Vaccination in Burma 1912-1922 - 1912-1922
Year: 1912
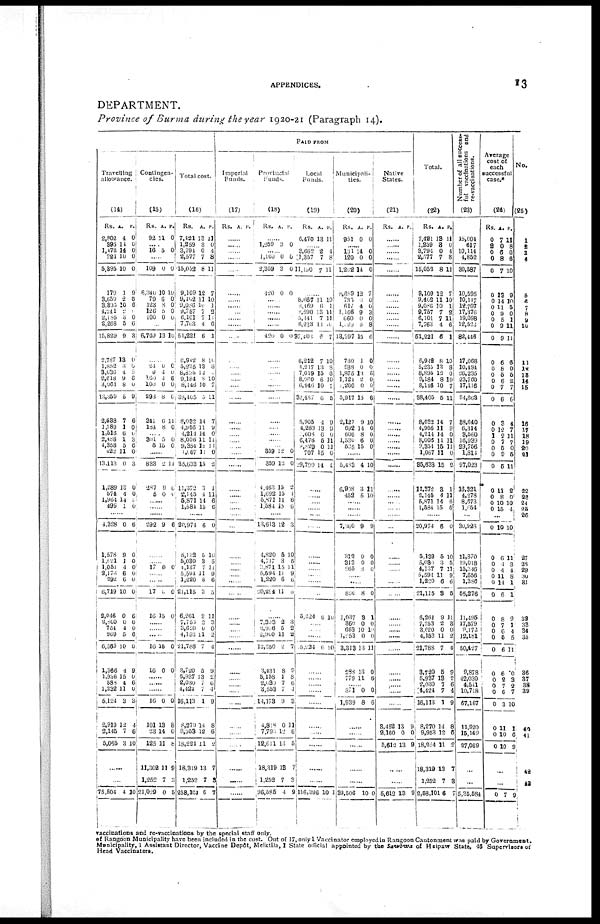
APPENDICES.
13
DEPARTMENT.
Province of Burma during the year 1920-21 (Paragraph 14).
Travelling
allowance.
(14)
Rs.
2,802
395
1,472
724
5,395
179
3,650
3,305
4,241
2,185
2,268
15,828
2,787
1,852
3,036
2,618
3,064
13,359
2,538
1,789
1,516
2,488
4,358
422
13,113
1,289
574
1,964
499
A.
4
14
14
10
10
1
2
10 2
3
5
9
13
3
4
9
8
5
7
1
6
1
5
11
0
13
4
14
1
P.
0
0
0
0
0
9
6
6
1
0
6
3
0
0
5
6
0
9
6
0
0
3
6
0
3
0
0
0
0
......
4,328
1,578
1,621
1,051
2,170
292
6,719
2,046
2,800
754
969
6,569
1,366
1,936
588
1,232
5,124
2,919
2,145
5,065
0
9
1
4
6
6
10
0
0
4
5
10
4
15
4
11
3
12
7
3
6
0
0
0
0
0
0
6
0
0
6
0
9
0
6
0
3
4
6 10
......
......
75,504 4 10
Contingen-
cies.
(15)
Rs.
92
A.
11
P.
0
...... 16 5 0
......
109
6,340
79
123
126
100
0
10
6
8
5
0
0
10
0
0 0
0
......
6,769 13 10
......
24
3
160
100
293
341
184
0 1
1
0
8
6
8
0 0
5
0
0
11
0
...... 301
5 5
15
0
0
......
833
287
5
2
9
0
11
6
0
......
......
......
292 9 6
......
...... 17 0 0
......
......
17
16
0
15
0
0
......
......
......
16
16
15
0
0
0
......
...... ......
16
101
23
125
11,302
1,252
21029
0
13
14
11
11
7
0
0
8
0
8
9
3
5
Total cost.
(16)
Rs.
7,421
1,259
3,794
2,577
15,052
9,109
9,402
9,086
9,757
6,101
7,703
51,221
6,942
5,335
8,825
9,184
8,146
28,405
8,032
4,956
4,211
8,006
9,354
1,067
35,633
11,372
2,145
5,871
1,584
A.
13
3
0
7
8
12
11
10
7
7
4
6
8
13
12
8
10
5
14
11
14
11
15
11
15
3
4
14
15
P.
11
0
4
8
11
7
10
1
2
11
6
1
10
8
0
10
7
11
7
9
0
11
11
0
2
1
11
6
6
......
20,974
5,122
5,030
4,137
5,594
1,220
21,115
6,261
7,753
3,620
4,153
21,788
3,720
5,937
2,030
4,424
16,113
8,270
9,953
18,224
18,319
1,252
258,100
6
5
3
7
11
6
3
9
2
0
11
7
5
13
7
7
1
11
12
11
13
7
6
0
10
5
11
9
6
5
11
3
0
2
4
9
2
6
4
9
8
6
2
7
3
7
PAID FROM
Imperial
Funds.
(17)
Rs. A. P.
......
......
......
......
......
......
......
......
......
......
......
......
......
......
......
......
......
......
......
......
......
......
......
......
......
......
......
......
......
......
......
......
......
......
......
......
......
......
......
......
......
......
......
......
...... ......
......
......
......
......
......
......
Provincial
Funds.
(18)
Rs. A. P.
......
1,259 3 0
...... 1,100
2,359
420
0
3
0
6
0
0
......
......
......
......
......
420 0 0
......
......
......
......
......
......
......
......
......
......
...... 359
359
4,463
1,092
5,871
1,584
12
12
15
15
11
15
0
0
2
1
6
6
......
13,613
4,820
4,717
3,871
5,594
1,220
20,224
12
5
3
15
11
6
11
3
10
5
11
9
6
0
......
7,303
3,906
2,900
13,250
3,431
5,158
2,030
3,553
11,173
4,818
7,790
12,611
18,319
1,252
96,585
2
5
11
2
8
1
7
7
9
0
12
13
13
7
4
3
2 2
7
9
8 6
4
3
11
6
5
7
3
9
Local
Funds.
(19)
Rs.
6,470
A.
13
P.
11
...... 3,662
1,357
11,190
2
7
7
4
8
11
......
6,667
8,469
5,590
5,141
6,233
37,403
6,212
1,247
7,019
8,060
6,946
32,487
5,905
4,263
608
6,476
8,829
707
29,790
11
6
13
7
11
6
7
13
15
6
10
6
4
13
6 5
0
15
14
10
1
11
11
0
7
10
8
6
10
7
5
9
9
0
11
11
0
4
......
......
......
......
......
......
......
......
...... ......
......
......
5,224 6 10
......
......
......
5,224 6 10
......
......
...... ......
......
......
......
......
......
......
116,396 10 1
Municipali-
ties.
(20)
Rs.
951
A.
0
P.
0
......
131
120
1,202
8,689
734
617
1,166
660
1,220
13,397
730
988
1,875
1,124
1,200
5,917
2,127
692
606
1,530
525
14
0
14
12
0
4
9
0
0
15
1
0
13
2
0
15
9
14
8
6
15
0
0 0
7
0
0
3
0
8
6
0
0
6 0
0
6
10
0
0
0
0
......
5,483
6,908
452
4
3
5
10
11
10
......
......
......
7,360
312
313
265
9
0
0
8
9
0
0
0
......
......
890
1,037
360
663
1,253
3,313
288
779
8
3
0
10
0
13
13
11
0
1
0
10
0
11
0
6
...... 371
1,939
0
8
0
6
......
......
......
......
......
39,506 10 0
Native
States.
(21)
Rs. A. P.
......
......
......
......
......
......
......
......
......
......
......
......
......
......
......
......
......
......
......
......
......
......
......
......
......
......
......
......
......
......
......
......
......
......
......
......
......
......
......
......
......
......
......
......
......
......
......
3,452
2,160
5,612
13
0
13
9
0
9
......
......
5,612 13 9
Total.
(22)
Rs.
7,421
1,259
3,794
2,577
15,052
9,109
9,402
9,086
9,757
6,101
7,763
51,221
6,942
5,235
8,895
9,184
8,146
38,405
8,032
4,956
4,214
8,006
9,354
1,067
35,633
11,372
2,145
5,871
1,584
A.
18
3
0
7
8
12
11
10
7
7
4
6
8
13
12 8
10
5
14
11
14
11
15
11
15
3
4
14
15
P.
11
0
4
8
11
7
10
1
2
11
6
1
10
8
0
10
7
11
7
9
0
11
11
0
2
1
11
6
6
......
20,974
5,132
5,030
4,137
5,594
1,220
21,115
6,261
7,753
3,620
4,153
21,788
3,730
5,937
2,030
4,424
16,113
8,270
9,953
18,224
18,319
1,252
2,58,101
6
5
3
7
11
6
3
9
2
0
11
7
5
13
7
7
1
14
12
11
13
7
6
0
10
5
11
9
6
5
11
3
0
2
4
9
2
6
4
9
8
6
2
7
3
7
Number of all success-
ful vaccinations and
re-vaccinations.
(23)
15,004
617
10,114
4,852
30,587
10,595
10,447
12,707
17,376
19,098
12,523
82,446
17,068
10,484
26,235
23,760
17,116
94,663
89,640
6,314
3,560
16,939
29,756
1,814
97,023
16,321
4,278
8,673
1,654
...
30,926
11,870
19,018
15,346
7,656
1,386
55,276
11,495
17,579
9,172
12,181
50,427
9,878
42,030
1,541
10,718
67,167
11,920
15,149
27,069
......
......
5,35,584
Average
cost of
each
successful
case.*
(24)
Rs.
0
2
0
0
0
0
0
0
0
0
0
0
0
0
0
0
0
0
0
0
1
0
0
0
0
0
0
0
0
A.
7
0
6
8
7
13
14
11
9
5
9
9
6
8
5
6
7
6
3
12
2
7
5
9
5
11
8
10
15
P.
11
8
0
6
10
9
10
5
0
1
11
11
6
0
5
2
7
6
4
7
11
7
0
5
11
2
0
10
4
...
0
0
0
0
0
0
0
0
0
0
0
0
0
0
0
0
0
0
0
0
10
6
1
4
11
14
6
8
7
6
5
6
6
2
7 6
3
11
10
10
10
11
3
4 8
1
1
9
1
4
5
11
0
3
2 7
10
1
6
9
......
......
0 7 9
No.
(25)
1
2
3
4
5
6
7
8
9
10
11
12
13 14
15
16
17
18
19
20
21
22
23
24
25
26
27
28
29
30
31
32
33
34
35
36
37
38
39
40
41
42
43
vaccinations and re-vaccinations by the special staff only.
of Rangoon Municipality have been included in the cost. Out of 17, only 1 Vaccinator employed in Rangoon Cantonment was paid by Government.
Municipality, 1 Assistant Director, Vaccine Depôt, Meiktila, 1 State official appointed by the Sawbwa of Hsipaw State, 46 Supervisors of
Head vaccinators.